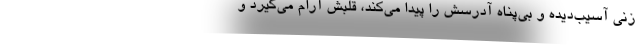
زنی آسیب‌‌دیده و بی‌پناه آدرسش را پیدا می‌کند، قلبش آرام می‌گیرد و